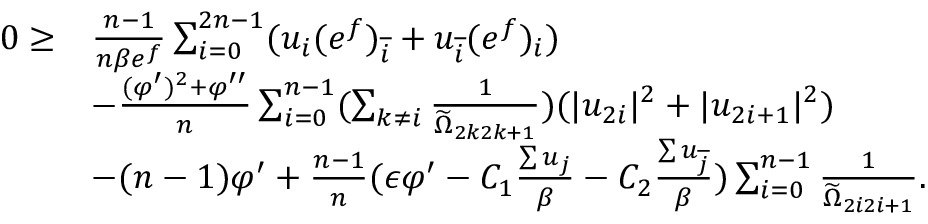
\begin{array} { r l } { 0 \geq } & { \frac { n - 1 } { n \beta e ^ { f } } \sum _ { i = 0 } ^ { 2 n - 1 } ( u _ { i } ( e ^ { f } ) _ { \overline { { i } } } + u _ { \overline { { i } } } ( e ^ { f } ) _ { i } ) } \\ & { - \frac { ( \varphi ^ { \prime } ) ^ { 2 } + \varphi ^ { \prime \prime } } { n } \sum _ { i = 0 } ^ { n - 1 } ( \sum _ { k \neq i } \frac { 1 } { \widetilde { \Omega } _ { 2 k 2 k + 1 } } ) ( | u _ { 2 i } | ^ { 2 } + | u _ { 2 i + 1 } | ^ { 2 } ) } \\ & { - ( n - 1 ) \varphi ^ { \prime } + \frac { n - 1 } { n } ( \epsilon \varphi ^ { \prime } - C _ { 1 } \frac { \sum u _ { j } } { \beta } - C _ { 2 } \frac { \sum u _ { \overline { { j } } } } { \beta } ) \sum _ { i = 0 } ^ { n - 1 } \frac { 1 } { \widetilde { \Omega } _ { 2 i 2 i + 1 } } . } \end{array}